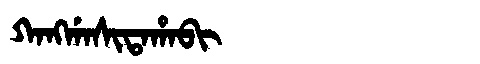
Manchu: ᡴᠠᠩᡤᠠᠰᡳᡨᠠᡥᠠᠪᡳ
Romanization: KANGGASITAHABI